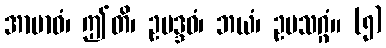
အာဗာဓံ၊ ဤတိ၊ ဥပဒ္ဒဝံ၊ ဘယံ၊ ဥပသဂ္ဂံ။ (၅)